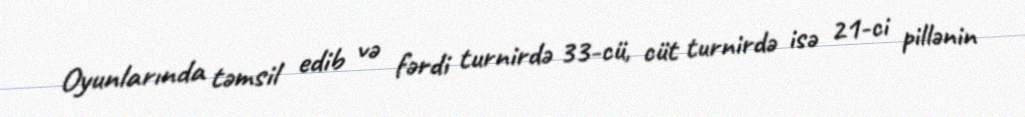
Oyunlarında təmsil edib və fərdi turnirdə 33-cü, cüt turnirdə isə 21-ci pillənin